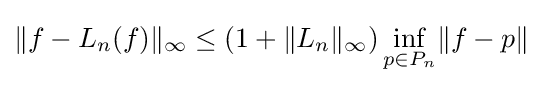
\lVert f-L_{n}(f)\rVert _{\infty }\leq (1+\lVert L_{n}\rVert _{\infty })\inf _{p\in P_{n}}\lVert f-p\rVert